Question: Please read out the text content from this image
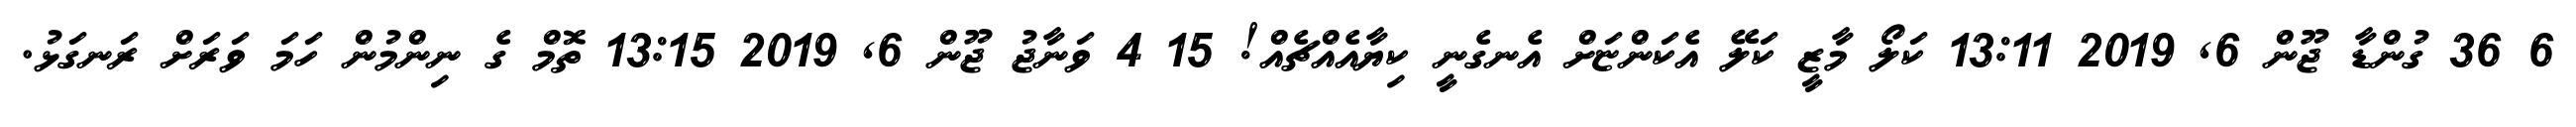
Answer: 6 36 ގުންޑާ ޖޫން 6, 2019 13:11 ކަލޯ މާޒީ ކަލޭ އެކަންޏަށް އެނގެނީ ކިޔާއެއްޗެއް! 15 4 ވަނާޖު ޖޫން 6, 2019 13:15 ތޮމް ގެ ނިންމުން ހަމަ ވަރަށް ރަނގަޅު.